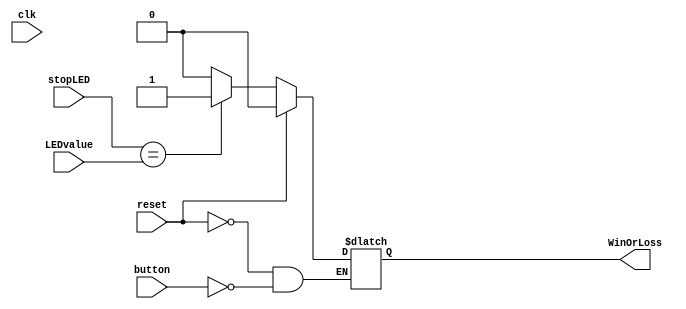
//Stop Button Module
module buttonControl (
    input clk,
    input button,
    input reset,
    input[3:0] stopLED,
    input[3:0] LEDvalue,
    output reg WinOrLoss
    
);
    //If button is Pressed or Released
    always @(button) begin
        //Reset
        if(reset) begin
            WinOrLoss <= 1'b0;
        end
        else
        begin
            //Button Pressed
            if(button == 1'b1)
            begin
                //If LED Matched
                if(stopLED == LEDvalue)
                    WinOrLoss <= 1'b1;
                else
                    WinOrLoss <= 1'b0;
            end
        end
    end
endmodule

//Main Module
module LED_Chasing (
    input clk,
    input reset,
    input[3:0] stopLED,
    input stopButton,
    output reg Result, LED1, LED2, LED3, LED4
);
    //LED On value
    reg[3:0] LEDOn = 4'b0000;
    //Wire to get result and interconnect modules
    wire EndVal;
    //clk changes
    always @(posedge clk) begin
        //Reset
        if(reset) begin
            LEDOn <= 4'b0000;
            LED1 <= 1'b0;
            LED2 <= 1'b0;
            LED3 <= 1'b0;
            LED4 <= 1'b0;
            Result = 0;
        end
        else begin
            //LEDs getting switched on one by one
            if(LEDOn == 4'b0000) begin
                LED1 <= 1'b1;
                LEDOn <= 4'b1000;
            end
            else if(LEDOn == 4'b1000) begin
                LED1 <= 1'b0;
                LED2 <= 1'b1;
                LEDOn <= 4'b0100;
            end
            else if(LEDOn == 4'b0100) begin
                LED2 <= 1'b0;
                LED3 <= 1'b1;
                LEDOn <= 4'b0010;
            end
            else if(LEDOn == 4'b0010) begin
                LED3 <= 1'b0;
                LED4 <= 1'b1;
                LEDOn <= 4'b0001;
            end
            else if(LEDOn == 4'b0001) begin
                LED4 <= 1'b0;
                LED1 <= 1'b1;
                LEDOn <= 4'b1000;
            end
        end
    end

    //Outputing value
    always @(EndVal) begin
        if(EndVal == 0)
            Result <= 0;
        else
            Result <= 1;
    end
    //Initlizing button
    buttonControl stopButtonCtrl(
        .clk(clk),
        .reset(reset),
        .button(stopButton),
        .stopLED(stopLED),
        .LEDvalue(LEDOn),
        .WinOrLoss(EndVal)
    );
endmodule